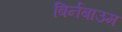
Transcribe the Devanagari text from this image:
बिर्नबाउम